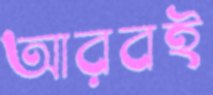
আরবই